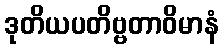
ဒုတိယပတိဗ္ဗတာဝိမာနံ